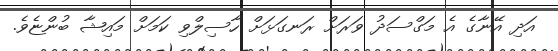
އަދި އޭނާގެ އެ މަގްސަދު ވަރަށް ރަނގަޅަށް ހާސިލްވި ކަމަށް މައިޝާ ބުންޏެވެ.